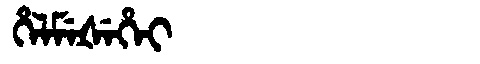
Manchu: ᡥᡝᠯᠮᡝᡧᡝᡥᡝᡳ
Romanization: HELMEŠEHEI